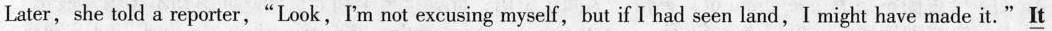
Later,she told a reporter,"Look,I'm not excusing myself,but if I had seen land,I might have made it."\underline{It}